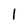
Character: l